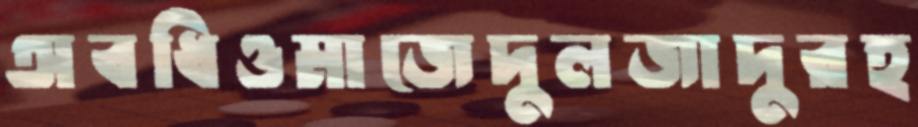
অবধিওমাজেদুলজাদুরহ